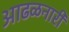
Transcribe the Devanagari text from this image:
आढळनारी